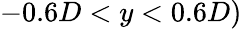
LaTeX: -0.6D<y<0.6D)